Vaccination in Bombay 1856-1862 - 1856-1862
Year: 1856
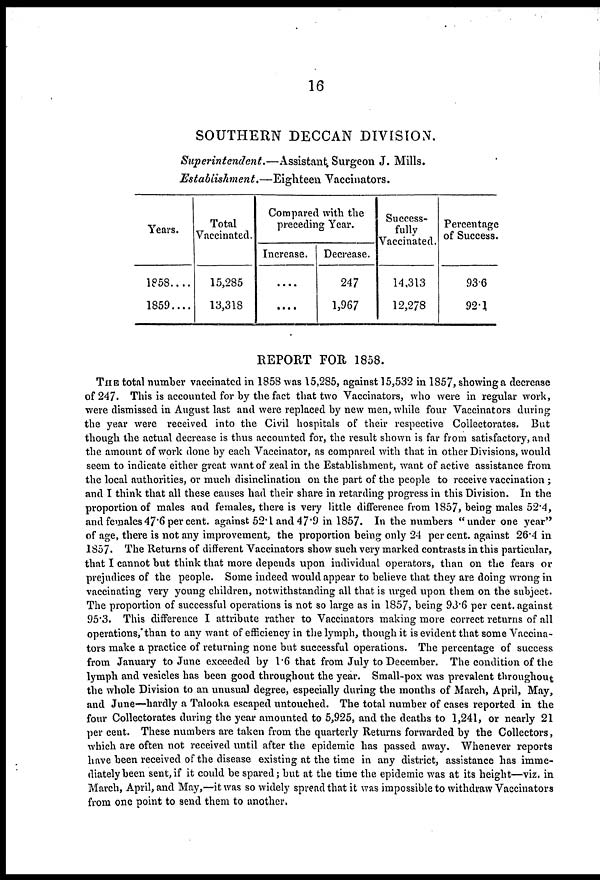
16
SOUTHERN DECCAN DIVISION.
Superintendent.—Assistant
Surgeon J. Mills.
Establishment.—Eighteen
Vaccinators.
Years.
1858 . . . .
1859. . . .
Total
Vaccinated.
15,285
13,318
Compared with the
preceding Year.
Increase.
....
....
Decrease.
247
1,967
Success-
fully
Vaccinated.
14,313
12,278
Percentage
of Success.
93.6
92.1
REPORT FOR 1858.
THE total number vaccinated in 1858 was 15,285, against 15,532 in 1857, showing a decrease
of 247. This is accounted for by the fact that two Vaccinators, who were in regular work,
were dismissed in August last and were replaced by new men, while four Vaccinators during
the year were received into the Civil hospitals of their respective Collectorates. But
though the actual decrease is thus accounted for, the result shown is far from satisfactory, and
the amount of work done by each Vaccinator, as compared with that in other Divisions, would
seem to indicate either great want of zeal in the Establishment, want of active assistance from
the local authorities, or much disinclination on the part of the people to receive vaccination ;
and I think that all these causes had their share in retarding progress in this Division. In the
proportion of males and females, there is very little difference from 1857, being males 52.4,
and females 47.6 per cent. against 52.1 and 47.9 in 1857. In the numbers "under one year"
of age, there is not any improvement, the proportion being only 24 per cent. against 26.4 in
1857. The Returns of different Vaccinators show such very marked contrasts in this particular,
that I cannot but think that more depends upon individual operators, than on the fears or
prejudices of the people. Some indeed would appear to believe that they are doing wrong in
vaccinating very young children, notwithstanding all that is urged upon them on the subject.
The proportion of successful operations is not so large as in 1857, being 93.6 per cent. against
95.3. This difference I attribute rather to Vaccinators making more correct returns of all
operations,'than to any want of efficiency in the lymph, though it is evident that some Vaccina-
tors make a practice of returning none but successful operations. The percentage of success
from January to June exceeded by 1.6 that from July to December. The condition of the
lymph and vesicles has been good throughout the year. Small-pox was prevalent throughout
the whole Division to an unusual degree, especially during the months of March, April, May,
and June—hardly a Talooka escaped untouched. The total number of cases reported in the
four Collectorates during the year amounted to 5,925, and the deaths to 1,241, or nearly 21
per cent. These numbers are taken from the quarterly Returns forwarded by the Collectors,
which are often not received until after the epidemic has passed away. Whenever reports
have been received of the disease existing at the time in any district, assistance has imme-
diately been sent, if it could be spared; but at the time the epidemic was at its height—viz. in
March, April, and May,—it was so widely spread that it was impossible to withdraw Vaccinators
from one point to send them to another.